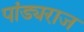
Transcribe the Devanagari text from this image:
पांड्यराज